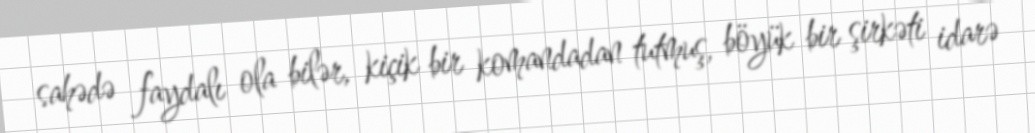
sahədə faydalı ola bilər, kiçik bir komandadan tutmuş, böyük bir şirkəti idarə